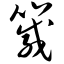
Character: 箴